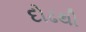
દોઢથી